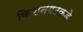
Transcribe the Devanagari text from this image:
किशनगढकडे